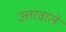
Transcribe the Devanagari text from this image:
उत्तरवाले